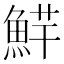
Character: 𱆮